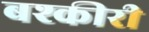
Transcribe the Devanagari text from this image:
बश्कीरी